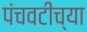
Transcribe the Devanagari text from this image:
पंचवटीच्या